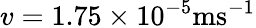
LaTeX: v=1.75\times 10^{-5}\mathrm{ms^{-1}}